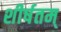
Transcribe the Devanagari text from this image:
शीर्षतम्